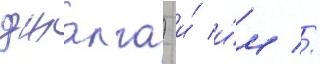
джалга) и́ и́м //